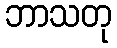
ဘာသတု